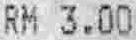
RM 3.00